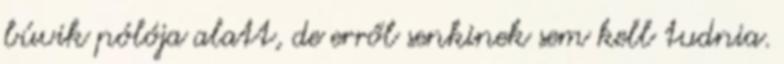
búvik pólója alatt, de erről senkinek sem kell tudnia.